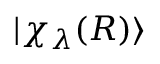
| \chi _ { \lambda } ( R ) \rangle